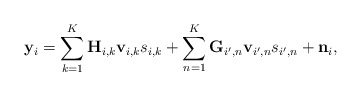
\begin{align*}\mathbf{y}_{i}=\sum_{k=1}^{K}\mathbf{H}_{i,k}\mathbf{v}_{i,k}s_{i,k}+\sum_{n=1}^{K}\mathbf{G}_{i',n}\mathbf{v}_{i',n}s_{i',n}+\mathbf{n}_{i},\end{align*}